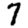
Digit: 7